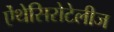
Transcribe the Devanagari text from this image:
ऐंथेसिरोटेलीज